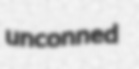
unconned